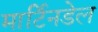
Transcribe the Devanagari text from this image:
मार्टिनडेल